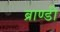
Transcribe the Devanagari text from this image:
ब्राण्डी